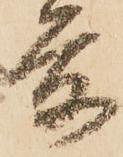
後